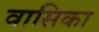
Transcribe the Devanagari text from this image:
वासिका